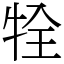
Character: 牷